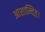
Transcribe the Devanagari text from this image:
आशान्वित।